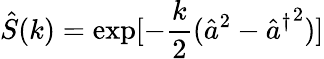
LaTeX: \hat{S}(k)=\exp[-\frac{k}{2}(\hat{a}^{2}-{{}\hat{a}^{\dagger}}^{2})]